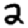
Digit: 2